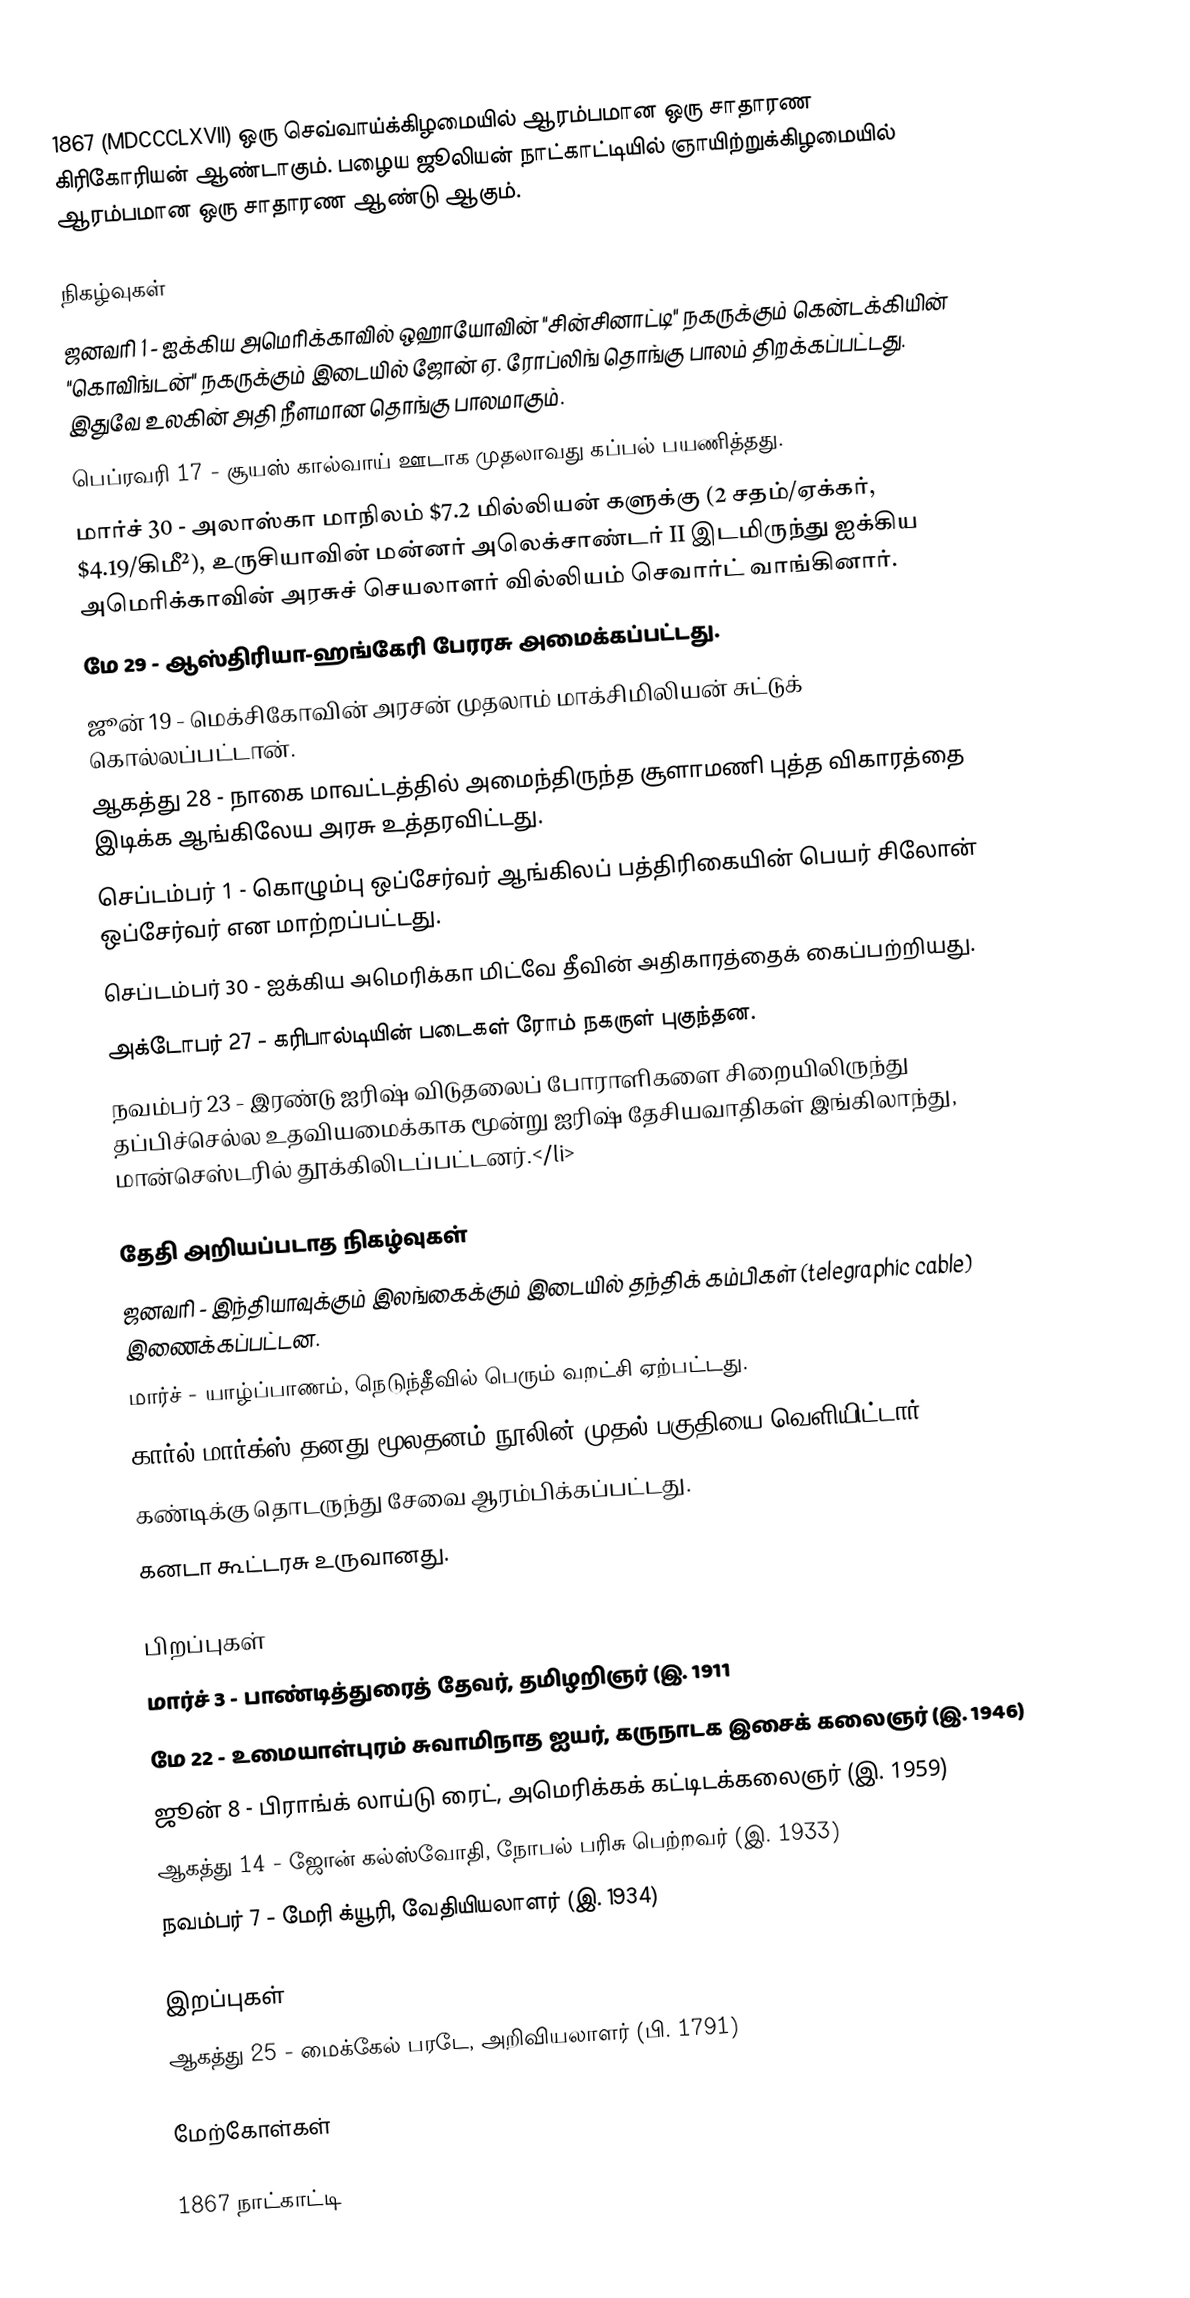
1867  (MDCCCLXVII) ஒரு செவ்வாய்க்கிழமையில் ஆரம்பமான ஒரு சாதாரண கிரிகோரியன் ஆண்டாகும். பழைய ஜூலியன் நாட்காட்டியில் ஞாயிற்றுக்கிழமையில் ஆரம்பமான ஒரு சாதாரண ஆண்டு ஆகும்.

நிகழ்வுகள்
 ஜனவரி 1 - ஐக்கிய அமெரிக்காவில் ஒஹாயோவின் "சின்சினாட்டி" நகருக்கும் கென்டக்கியின் "கொவிங்டன்" நகருக்கும் இடையில் ஜோன் ஏ. ரோப்லிங் தொங்கு பாலம் திறக்கப்பட்டது. இதுவே உலகின் அதி நீளமான தொங்கு பாலமாகும்.
 பெப்ரவரி 17 - சூயஸ் கால்வாய் ஊடாக முதலாவது கப்பல் பயணித்தது.
 மார்ச் 30 - அலாஸ்கா மாநிலம் $7.2 மில்லியன் களுக்கு (2 சதம்/ஏக்கர், $4.19/கிமீ²),  உருசியாவின் மன்னர் அலெக்சாண்டர் II இடமிருந்து ஐக்கிய அமெரிக்காவின் அரசுச் செயலாளர் வில்லியம் செவார்ட் வாங்கினார்.
 மே 29 - ஆஸ்திரியா-ஹங்கேரி பேரரசு அமைக்கப்பட்டது.
 ஜூன் 19 - மெக்சிகோவின் அரசன் முதலாம் மாக்சிமிலியன் சுட்டுக் கொல்லப்பட்டான்.
 ஆகத்து 28 - நாகை மாவட்டத்தில் அமைந்திருந்த சூளாமணி புத்த விகாரத்தை இடிக்க ஆங்கிலேய அரசு உத்தரவிட்டது.
 செப்டம்பர் 1 - கொழும்பு ஒப்சேர்வர் ஆங்கிலப் பத்திரிகையின் பெயர் சிலோன் ஒப்சேர்வர் என மாற்றப்பட்டது.
 செப்டம்பர் 30 - ஐக்கிய அமெரிக்கா மிட்வே தீவின் அதிகாரத்தைக் கைப்பற்றியது.
 அக்டோபர் 27 - கரிபால்டியின் படைகள் ரோம் நகருள் புகுந்தன.
 நவம்பர் 23 - இரண்டு ஐரிஷ் விடுதலைப் போராளிகளை சிறையிலிருந்து தப்பிச்செல்ல உதவியமைக்காக மூன்று ஐரிஷ் தேசியவாதிகள் இங்கிலாந்து, மான்செஸ்டரில் தூக்கிலிடப்பட்டனர்.</li>

தேதி அறியப்படாத நிகழ்வுகள்
 ஜனவரி - இந்தியாவுக்கும் இலங்கைக்கும் இடையில் தந்திக் கம்பிகள் (telegraphic cable) இணைக்கப்பட்டன.
 மார்ச் - யாழ்ப்பாணம், நெடுந்தீவில் பெரும் வறட்சி ஏற்பட்டது.
 கார்ல் மார்க்ஸ் தனது மூலதனம் நூலின் முதல் பகுதியை வெளியிட்டார்.
 கண்டிக்கு தொடருந்து சேவை ஆரம்பிக்கப்பட்டது.
 கனடா கூட்டரசு உருவானது.

பிறப்புகள்
 மார்ச் 3 - பாண்டித்துரைத் தேவர், தமிழறிஞர் (இ. 1911
 மே 22 - உமையாள்புரம் சுவாமிநாத ஐயர், கருநாடக இசைக் கலைஞர் (இ. 1946)
 ஜூன் 8 - பிராங்க் லாய்டு ரைட், அமெரிக்கக் கட்டிடக்கலைஞர் (இ. 1959)
 ஆகத்து 14 - ஜோன் கல்ஸ்வோதி, நோபல் பரிசு பெற்றவர் (இ. 1933)
 நவம்பர் 7 - மேரி க்யூரி, வேதியியலாளர் (இ. 1934)

இறப்புகள்
 ஆகத்து 25 - மைக்கேல் பரடே, அறிவியலாளர் (பி. 1791)

மேற்கோள்கள்

1867 நாட்காட்டி